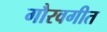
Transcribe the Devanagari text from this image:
गौरवगीत